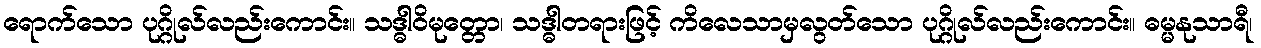
ရောက်သော ပုဂ္ဂိုလ်လည်းကောင်း။ သဒ္ဓါဝိမုတ္တော၊ သဒ္ဓါတရားဖြင့် ကိလေသာမှလွတ်သော ပုဂ္ဂိုလ်လည်းကောင်း။ ဓမ္မနုသာရီ၊